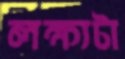
লক্ষ্যটা